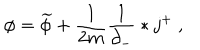
\phi = \widetilde { \phi } + \frac { 1 } { 2 m } \frac { 1 } { \partial _ { - } } * j ^ { + } \ ,